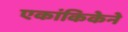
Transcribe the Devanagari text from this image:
एकांकिकेने